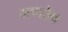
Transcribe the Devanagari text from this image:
गणवेष